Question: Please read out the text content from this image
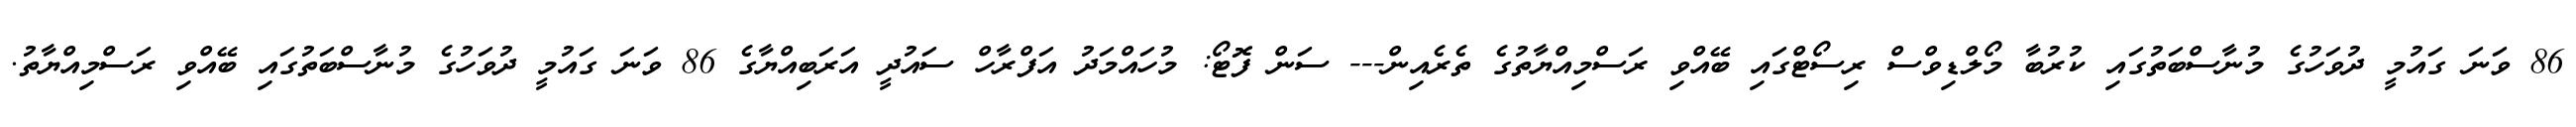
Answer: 86 ވަނަ ގައުމީ ދުވަހުގެ މުނާސްބަތުގައި ކުރުބާ މޯލްޑިވްސް ރިސޯޓްގައި ބޭއްވި ރަސްމިއްޔާތުގެ ތެރެއިން--- ސަން ފޮޓޯ: މުހައްމަދު އަފްރާހް ސައުދީ އަރަބިއްޔާގެ 86 ވަނަ ގައުމީ ދުވަހުގެ މުނާސްބަތުގައި ބޭއްވި ރަސްމިއްޔާތު.